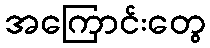
အကြောင်းတွေ